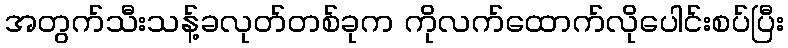
အတွက်သီးသန့်ခလုတ်တစ်ခုက ကိုလက်ထောက်လိုပေါင်းစပ်ပြီး